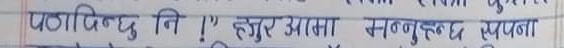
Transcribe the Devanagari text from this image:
पठाविन्छु नि !" हजुर असाध्यै सन्नुहुन्छ सप्पना